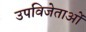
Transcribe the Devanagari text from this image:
उपविजेताओं